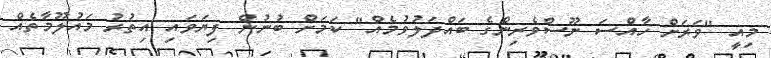
މިއީ "ވަރަށް ހާއްސަ ނޫސްވެރިންގެ ބައްދަލުވުމެއް" ކަަމަށް ބުނުން ފިޔަވައި އިތުރު މައުލޫމާތެއް